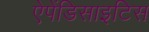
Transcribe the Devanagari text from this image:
ऐपेंडिसाइटिस